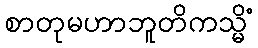
စာတုမဟာဘူတိကသ္မိံ